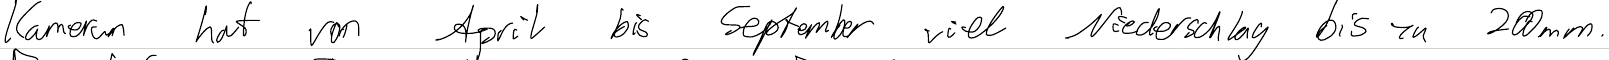
Kamerun hat von April bis September viel Niederschlag bis zu 200mm.